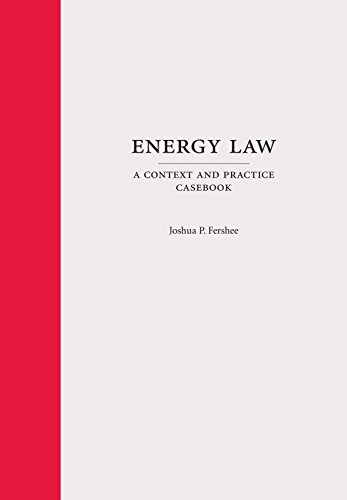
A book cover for Energy Law: A Context and Practice Casebook; Joshua P. Fershee; Law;